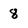
Character: 8